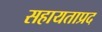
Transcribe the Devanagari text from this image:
सहायताप्रद